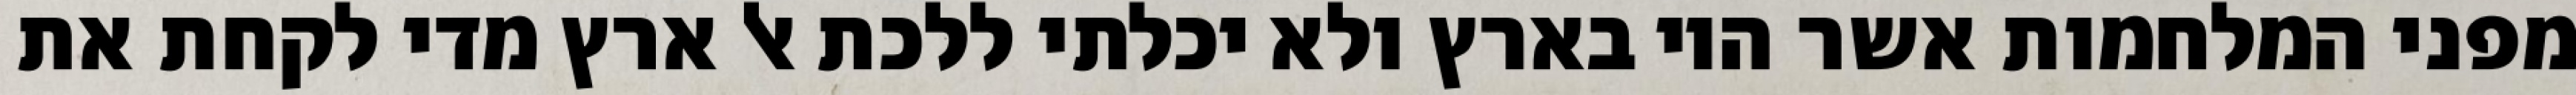
מפני המלחמות אשר היו בארץ ולא יכלתי ללכת אל ארץ מדי לקחת את